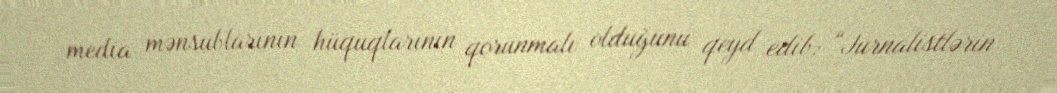
media mənsublarının hüquqlarının qorunmalı olduğunu qeyd edib: “Jurnalistlərin